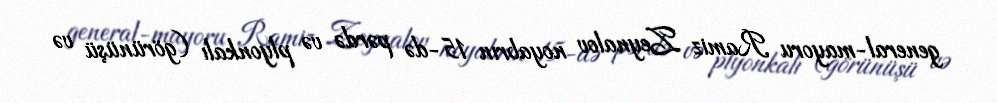
general-mayoru Ramiz Zeynalov noyabrın 15-də pərdə və plyonkalı (görünüşü və